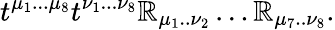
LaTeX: t^{\mu_{1}...\mu_{8}}t^{\nu_{1}...\nu_{8}}\mathbb{R}_{\mu_{1}..\nu_{2}}\ldots\mathbb{R}_{\mu_{7}..\nu_{8}}.